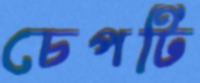
চেপটি